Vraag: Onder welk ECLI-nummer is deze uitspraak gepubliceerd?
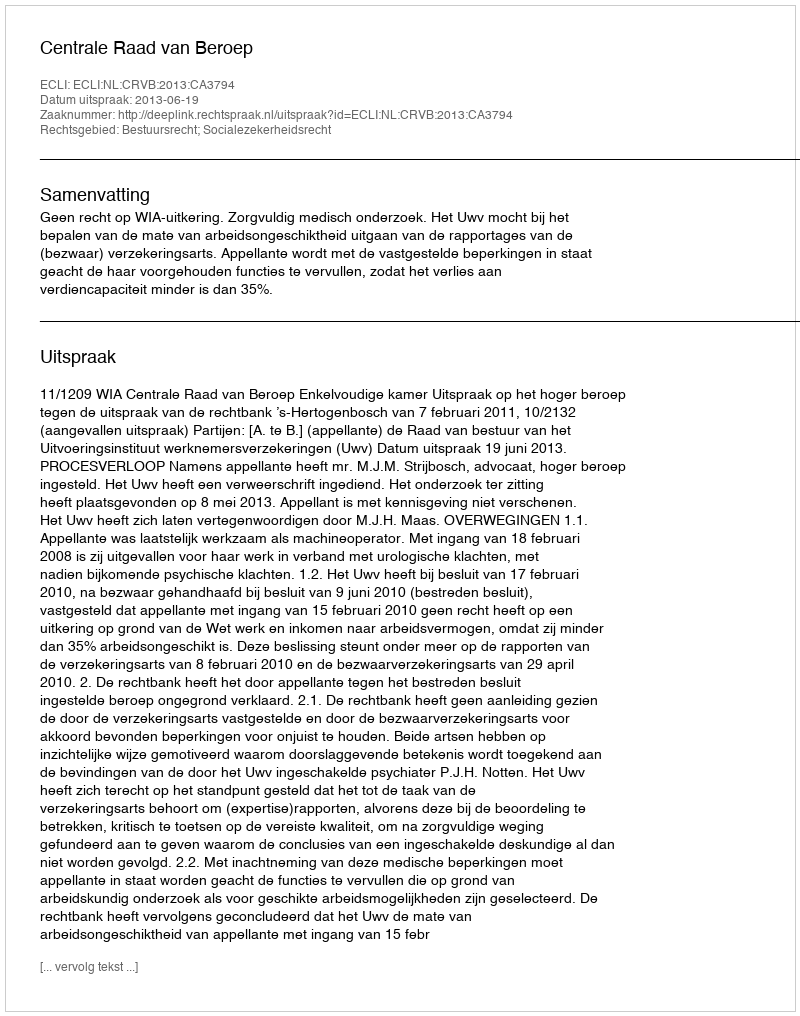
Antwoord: ECLI:NL:CRVB:2013:CA3794